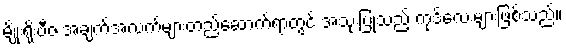
မျိုးရိုးဗီဇ အချက်အလက်များတည်ဆောက်ရာတွင် အသုံးပြုသည့် ကုဒ်လေးများဖြစ်သည်။